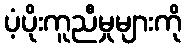
ပံ့ပိုးကူညီမှုများကို